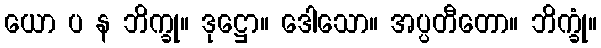
ယော ပ န ဘိက္ခု။ ဒုဋ္ဌော။ ဒေါသော။ အပ္ပတီတော။ ဘိက္ခုံ။